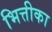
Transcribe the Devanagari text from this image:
भित्तीका